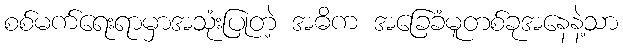
စစ်မက်ရေးရာမှာအသုံးပြုတဲ့ အဓိက အခြေခံမူတစ်ခုအနေနဲ့သာ